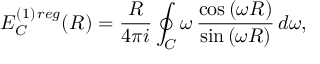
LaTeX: E _ { C } ^ { ( 1 ) \, r e g } ( R ) = \frac { R } { 4 \pi i } \oint _ { C } ^ { } \omega \, \frac { \cos { ( \omega R ) } } { \sin { ( \omega R ) } } \, d \omega ,